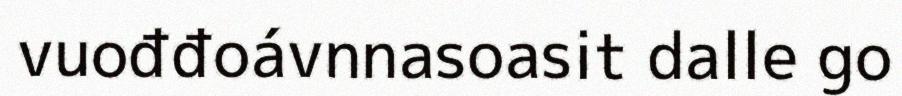
vuođđoávnnasoasit dalle go